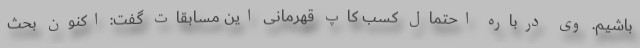
باشیم. وی درباره احتمال کسب کاپ قهرمانی این مسابقات گفت: اکنون بحث